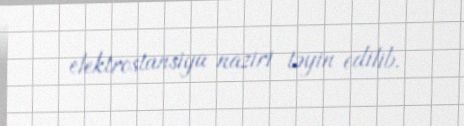
elektrostansiya naziri təyin edilib.